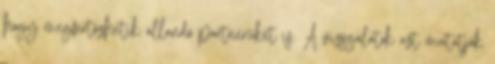
hogy megfertőzhetik állandó partnerüket is. A vizsgálatok azt mutatják